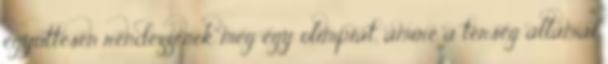
együttesen rendezzenek meg egy olimpiát, amire a térség államai